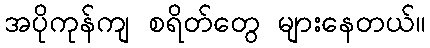
အပိုကုန်ကျ စရိတ်တွေ များနေတယ်။